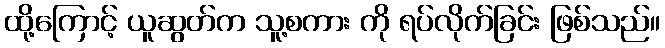
ထို့ကြောင့် ယူဆွတ်က သူ့စကား ကို ရပ်လိုက်ခြင်း ဖြစ်သည်။